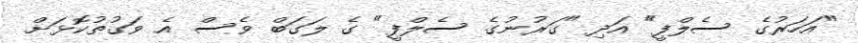
"އަހަރުގެ ސެލްފީ" އަދި "ގަރުނުގެ ސެލްފީ" ގެ ލަގަބް ވެސް އެ ވަގުތުކޮޅަށް